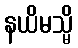
နယိမသ္မိ